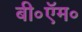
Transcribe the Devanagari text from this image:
बी॰ऍम॰